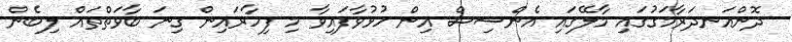
ދޮންއަނދަރާމަގުގައި މާލޭގައި އެންސިސް އިން ހުޅުވާފައިވާ މި ފިހާރައިން ގިނަ ބާވަތްތައް ލިބެން